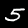
Digit: 5